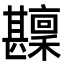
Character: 𤯑